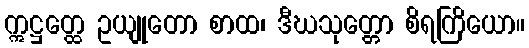
ဣဋ္ဌတ္ထေ ဥယျုတော စာထ၊ ဒီဃသုတ္တော စိရကြိယော။